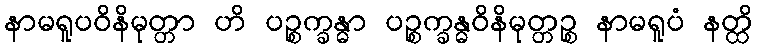
နာမရူပဝိနိမုတ္တာ ဟိ ပဉ္စက္ခန္ဓာ ပဉ္စက္ခန္ဓဝိနိမုတ္တဉ္စ နာမရူပံ နတ္ထိ